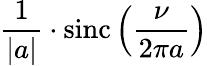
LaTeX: {\frac{1}{|a|}}\cdot\operatorname{sinc}\left({\frac{\nu}{2\pi a}}\right)